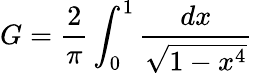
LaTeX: G={\frac{2}{\pi}}\int_{0}^{1}{\frac{dx}{\sqrt{1-x^{4}}}}